Lunatic asylums in Bengal annual reports 1912-1924 - 1912-1924
Year: 1912
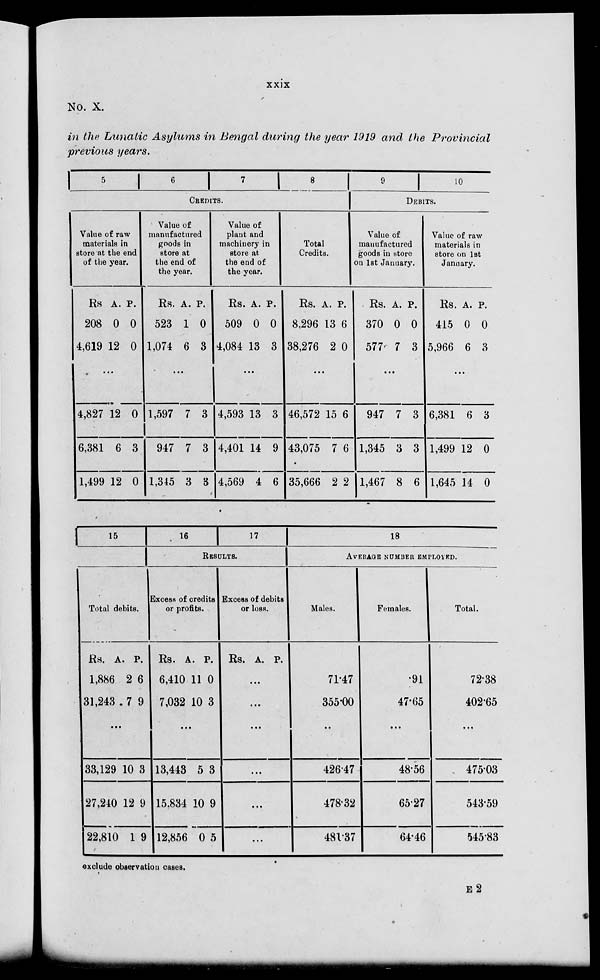
xxix
No. X.
in the Lunatic Asylums in Bengal during the year 1919 and the Provincial
previous years.
5
6
7
8
CREDITS.
Value of raw
materials in
store at the end
of the year.
Rs
208
4,619
A.
0
12
P.
0
0
...
4,827
6,381
1,499
12
6
12
0
3
0
Value of
manufactured
goods in
store at
the end of
the year.
Rs.
523
1,074
A.
1
6
P.
0
3
...
1,597
947
1,345
7
7
3
3
3
3
Value of
plant and
machinery in
store at
the end of
the year.
Rs.
509
4,084
A.
0
13
P.
0
3
...
4,593
4,401
4,569
13
14
4
3
9
6
Total
Credits.
Rs.
8,296
38,276
A.
13
2
P.
6
0
...
46,572
43,075
35,666
15
7
2
6
6
2
9
10
DEBITS.
Value of
manufactured
goods in store
on 1st January.
Rs.
370
577
A.
0
7
P.
0
3
...
947
1,345
1,467
7
3
8
3
3
6
Value of raw
materials in
store on 1st
January.
Rs
415
5,966
A.
0
6
P.
0
3
...
6,381
1,499
1,645
6
12
14
3
0
0
15
Total debits.
Rs.
1,886
31,243
A.
2
7
P.
6
9
...
33,129
27,240
22,810
10
12
1
3
9
9
16
17
RESULTS.
Excess of credits
or profits.
Rs.
6,410
7,032
A.
11
10
P.
0
3
...
13,443
15.834
12,856
5
10
0
3
9
5
Excess of debits
or loss.
Rs. A. P.
...
...
...
...
...
...
18
AVERAGE NUMBER EMPLOYED.
Males.
71.47
355.00
...
426.47
478.32
481.37
Females.
.91
47.65
...
48.56
65.27
64.46
Total.
72.38
402.65
...
475.03
543.59
545.83
exclude observation cases.
E2